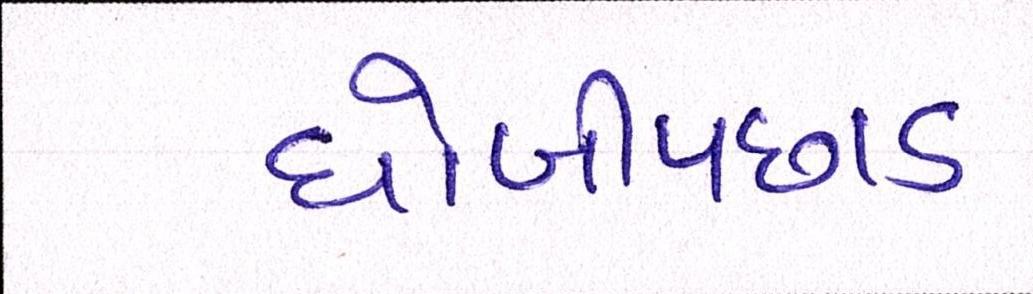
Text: ધોબીપછાડ